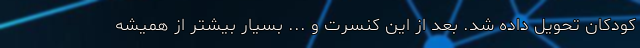
کودکان تحویل داده شد. بعد از این کنسرت و ... بسیار بیشتر از همیشه